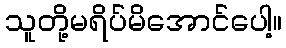
သူတို့မရိပ်မိအောင်ပေါ့။